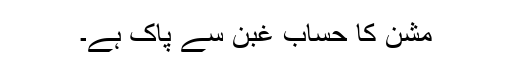
مشن کا حساب غبن سے پاک ہے۔